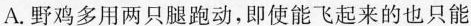
A.野鸡多用两只腿跑动，即使能飞起来的也只能